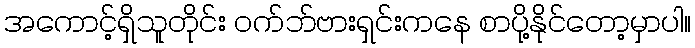
အကောင့်ရှိသူတိုင်း ဝက်ဘ်ဗားရှင်းကနေ စာပို့နိုင်တော့မှာပါ။